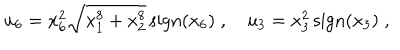
u _ { 6 } = x _ { 6 } ^ { 2 } \sqrt { x _ { 1 } ^ { 8 } + x _ { 2 } ^ { 8 } } \, \mathrm { s i g n } ( x _ { 6 } ) \; , \quad u _ { 3 } = x _ { 3 } ^ { 2 } \, \mathrm { s i g n } ( x _ { 3 } ) \; ,